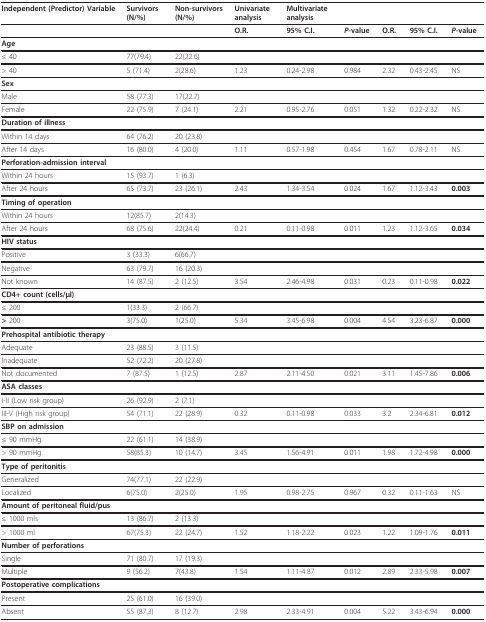
<table><thead><tr><td><b>Independent (Predictor) Variable</b></td><td><b>Survivors (N/%)</b></td><td><b>Non-survivors (N/%)</b></td><td><b>Univariate analysis</b></td><td><b>Multivariate analysis</b></td><td></td><td></td><td></td><td></td></tr></thead><tbody><tr><td></td><td></td><td></td><td><b>O.R</b>.</td><td><b>95% C.I</b>.</td><td><b><i>P</i>-value</b></td><td><b>O.R</b>.</td><td><b>95% C.I</b>.</td><td><b><i>P</i>-value</b></td></tr><tr><td><b>Age</b></td><td></td><td></td><td></td><td></td><td></td><td></td><td></td><td></td></tr><tr><td>≤ 40</td><td>77(79.4)</td><td>22(22.6)</td><td></td><td></td><td></td><td></td><td></td><td></td></tr><tr><td>&gt; 40</td><td>5 (71.4)</td><td>2(28.6)</td><td>1.23</td><td>0.24-2.98</td><td>0.984</td><td>2.32</td><td>0.43-2.45</td><td>NS</td></tr><tr><td><b>Sex</b></td><td></td><td></td><td></td><td></td><td></td><td></td><td></td><td></td></tr><tr><td>Male</td><td>58 (77.3)</td><td>17(22.7)</td><td></td><td></td><td></td><td></td><td></td><td></td></tr><tr><td>Female</td><td>22 (75.9)</td><td>7 (24.1)</td><td>2.21</td><td>0.95-2.76</td><td>0.051</td><td>1.32</td><td>0.22-2.32</td><td>NS</td></tr><tr><td><b>Duration of illness</b></td><td></td><td></td><td></td><td></td><td></td><td></td><td></td><td></td></tr><tr><td>Within 14 days</td><td>64 (76.2)</td><td>20 (23.8)</td><td></td><td></td><td></td><td></td><td></td><td></td></tr><tr><td>After 14 days</td><td>16 (80.0)</td><td>4 (20.0)</td><td>1.11</td><td>0.57-1.98</td><td>0.454</td><td>1.67</td><td>0.78-2.11</td><td>NS</td></tr><tr><td><b>Perforation-admission interval</b></td><td></td><td></td><td></td><td></td><td></td><td></td><td></td><td></td></tr><tr><td>Within 24 hours</td><td>15 (93.7)</td><td>1 (6.3)</td><td></td><td></td><td></td><td></td><td></td><td></td></tr><tr><td>After 24 hours</td><td>65 (73.7)</td><td>23 (26.1)</td><td>2.43</td><td>1.34-3.54</td><td>0.024</td><td>1.67</td><td>1.12-3.43</td><td><b>0.003</b></td></tr><tr><td><b>Timing of operation</b></td><td></td><td></td><td></td><td></td><td></td><td></td><td></td><td></td></tr><tr><td>Within 24 hours</td><td>12(85.7)</td><td>2(14.3)</td><td></td><td></td><td></td><td></td><td></td><td></td></tr><tr><td>After 24 hours</td><td>68 (75.6)</td><td>22(24.4)</td><td>0.21</td><td>0.11-0.98</td><td>0.011</td><td>1.23</td><td>1.12-3.65</td><td><b>0.034</b></td></tr><tr><td><b>HIV status</b></td><td></td><td></td><td></td><td></td><td></td><td></td><td></td><td></td></tr><tr><td>Positive</td><td>3 (33.3)</td><td>6(66.7)</td><td></td><td></td><td></td><td></td><td></td><td></td></tr><tr><td>Negative</td><td>63 (79.7)</td><td>16 (20.3)</td><td></td><td></td><td></td><td></td><td></td><td></td></tr><tr><td>Not known</td><td>14 (87.5)</td><td>2 (12.5)</td><td>3.54</td><td>2.46-4.98</td><td>0.031</td><td>0.23</td><td>0.11-0.98</td><td><b>0.022</b></td></tr><tr><td><b>CD4+ count (cells/μl)</b></td><td></td><td></td><td></td><td></td><td></td><td></td><td></td><td></td></tr><tr><td>≤ 200</td><td>1(33.3)</td><td>2 (66.7)</td><td></td><td></td><td></td><td></td><td></td><td></td></tr><tr><td><b>&gt; </b>200</td><td>3(75.0)</td><td>1(25.0)</td><td>5.34</td><td>3.45-6.98</td><td>0.004</td><td>4.54</td><td>3.23-6.87</td><td><b>0.000</b></td></tr><tr><td><b>Prehospital antibiotic therapy</b></td><td></td><td></td><td></td><td></td><td></td><td></td><td></td><td></td></tr><tr><td>Adequate</td><td>23 (88.5)</td><td>3 (11.5)</td><td></td><td></td><td></td><td></td><td></td><td></td></tr><tr><td>Inadequate</td><td>52 (72.2)</td><td>20 (27.8)</td><td></td><td></td><td></td><td></td><td></td><td></td></tr><tr><td>Not documented</td><td>7 (87.5)</td><td>1 (12.5)</td><td>2.87</td><td>2.11-4.50</td><td>0.021</td><td>3.11</td><td>1.45-7.86</td><td><b>0.006</b></td></tr><tr><td><b>ASA classes</b></td><td></td><td></td><td></td><td></td><td></td><td></td><td></td><td></td></tr><tr><td>I-II (Low risk group)</td><td>26 (92.9)</td><td>2 (7.1)</td><td></td><td></td><td></td><td></td><td></td><td></td></tr><tr><td>III-V (High risk group)</td><td>54 (71.1)</td><td>22 (28.9)</td><td>0.32</td><td>0.11-0.98</td><td>0.033</td><td>3.2</td><td>2.34-6.81</td><td><b>0.012</b></td></tr><tr><td><b>SBP on admission</b></td><td></td><td></td><td></td><td></td><td></td><td></td><td></td><td></td></tr><tr><td>≤ 90 mmHg</td><td>22 (61.1)</td><td>14 (38.9)</td><td></td><td></td><td></td><td></td><td></td><td></td></tr><tr><td>&gt; 90 mmHg</td><td>58(85.3)</td><td>10 (14.7)</td><td>3.45</td><td>1.56-4.91</td><td>0.011</td><td>1.98</td><td>1.72-4.98</td><td><b>0.000</b></td></tr><tr><td><b>Type of peritonitis</b></td><td></td><td></td><td></td><td></td><td></td><td></td><td></td><td></td></tr><tr><td>Generalized</td><td>74(77.1)</td><td>22 (22.9)</td><td></td><td></td><td></td><td></td><td></td><td></td></tr><tr><td>Localized</td><td>6(75.0)</td><td>2(25.0)</td><td>1.95</td><td>0.98-2.75</td><td>0.967</td><td>0.32</td><td>0.11-1.63</td><td>NS</td></tr><tr><td><b>Amount of peritoneal fluid/pus</b></td><td></td><td></td><td></td><td></td><td></td><td></td><td></td><td></td></tr><tr><td>≤ 1000 mls</td><td>13 (86.7)</td><td>2 (13.3)</td><td></td><td></td><td></td><td></td><td></td><td></td></tr><tr><td>&gt; 1000 ml</td><td>67(75.3)</td><td>22 (24.7)</td><td>1.52</td><td>1.18-2.22</td><td>0.023</td><td>1.22</td><td>1.09-1.76</td><td><b>0.011</b></td></tr><tr><td><b>Number of perforations</b></td><td></td><td></td><td></td><td></td><td></td><td></td><td></td><td></td></tr><tr><td>Single</td><td>71 (80.7)</td><td>17 (19.3)</td><td></td><td></td><td></td><td></td><td></td><td></td></tr><tr><td>Multiple</td><td>9 (56.2)</td><td>7(43.8)</td><td>1.54</td><td>1.11-4.87</td><td>0.012</td><td>2.89</td><td>2.33-5.98</td><td><b>0.007</b></td></tr><tr><td><b>Postoperative complications</b></td><td></td><td></td><td></td><td></td><td></td><td></td><td></td><td></td></tr><tr><td>Present</td><td>25 (61.0)</td><td>16 (39.0)</td><td></td><td></td><td></td><td></td><td></td><td></td></tr><tr><td>Absent</td><td>55 (87.3)</td><td>8 (12.7)</td><td>2.98</td><td>2.33-4.91</td><td>0.004</td><td>5.22</td><td>3.43-6.94</td><td><b>0.000</b></td></tr></tbody></table>